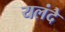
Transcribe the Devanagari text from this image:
यलंदे